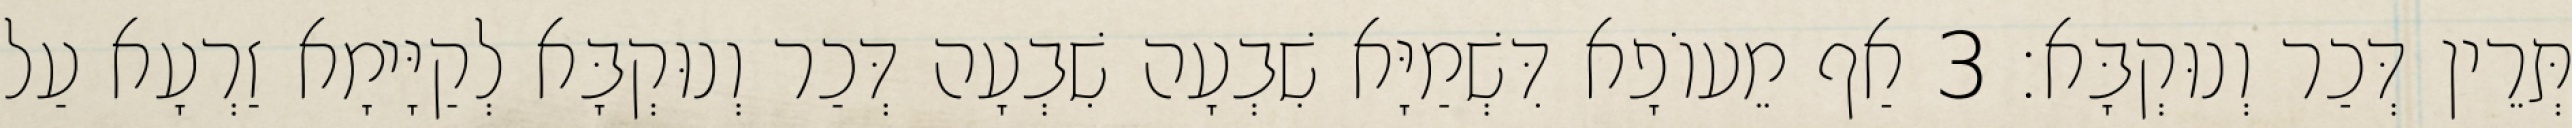
תְּרֵין דְּכַר וְנוּקְבָּא׃ 3 אַף מֵעוֹפָא דִּשְׁמַיָּא שִׁבְעָה שִׁבְעָה דְּכַר וְנוּקְבָּא לְקַיָּימָא זַרְעָא עַל